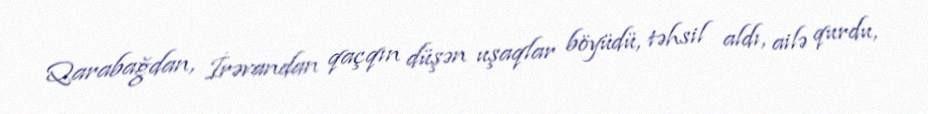
Qarabağdan, İrəvandan qaçqın düşən uşaqlar böyüdü, təhsil aldı, ailə qurdu,